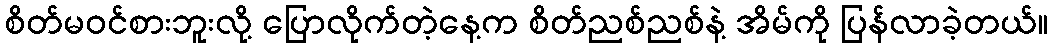
စိတ်မဝင်စားဘူးလို့ ပြောလိုက်တဲ့နေ့က စိတ်ညစ်ညစ်နဲ့ အိမ်ကို ပြန်လာခဲ့တယ်။